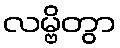
လမ္ဗိတွာ